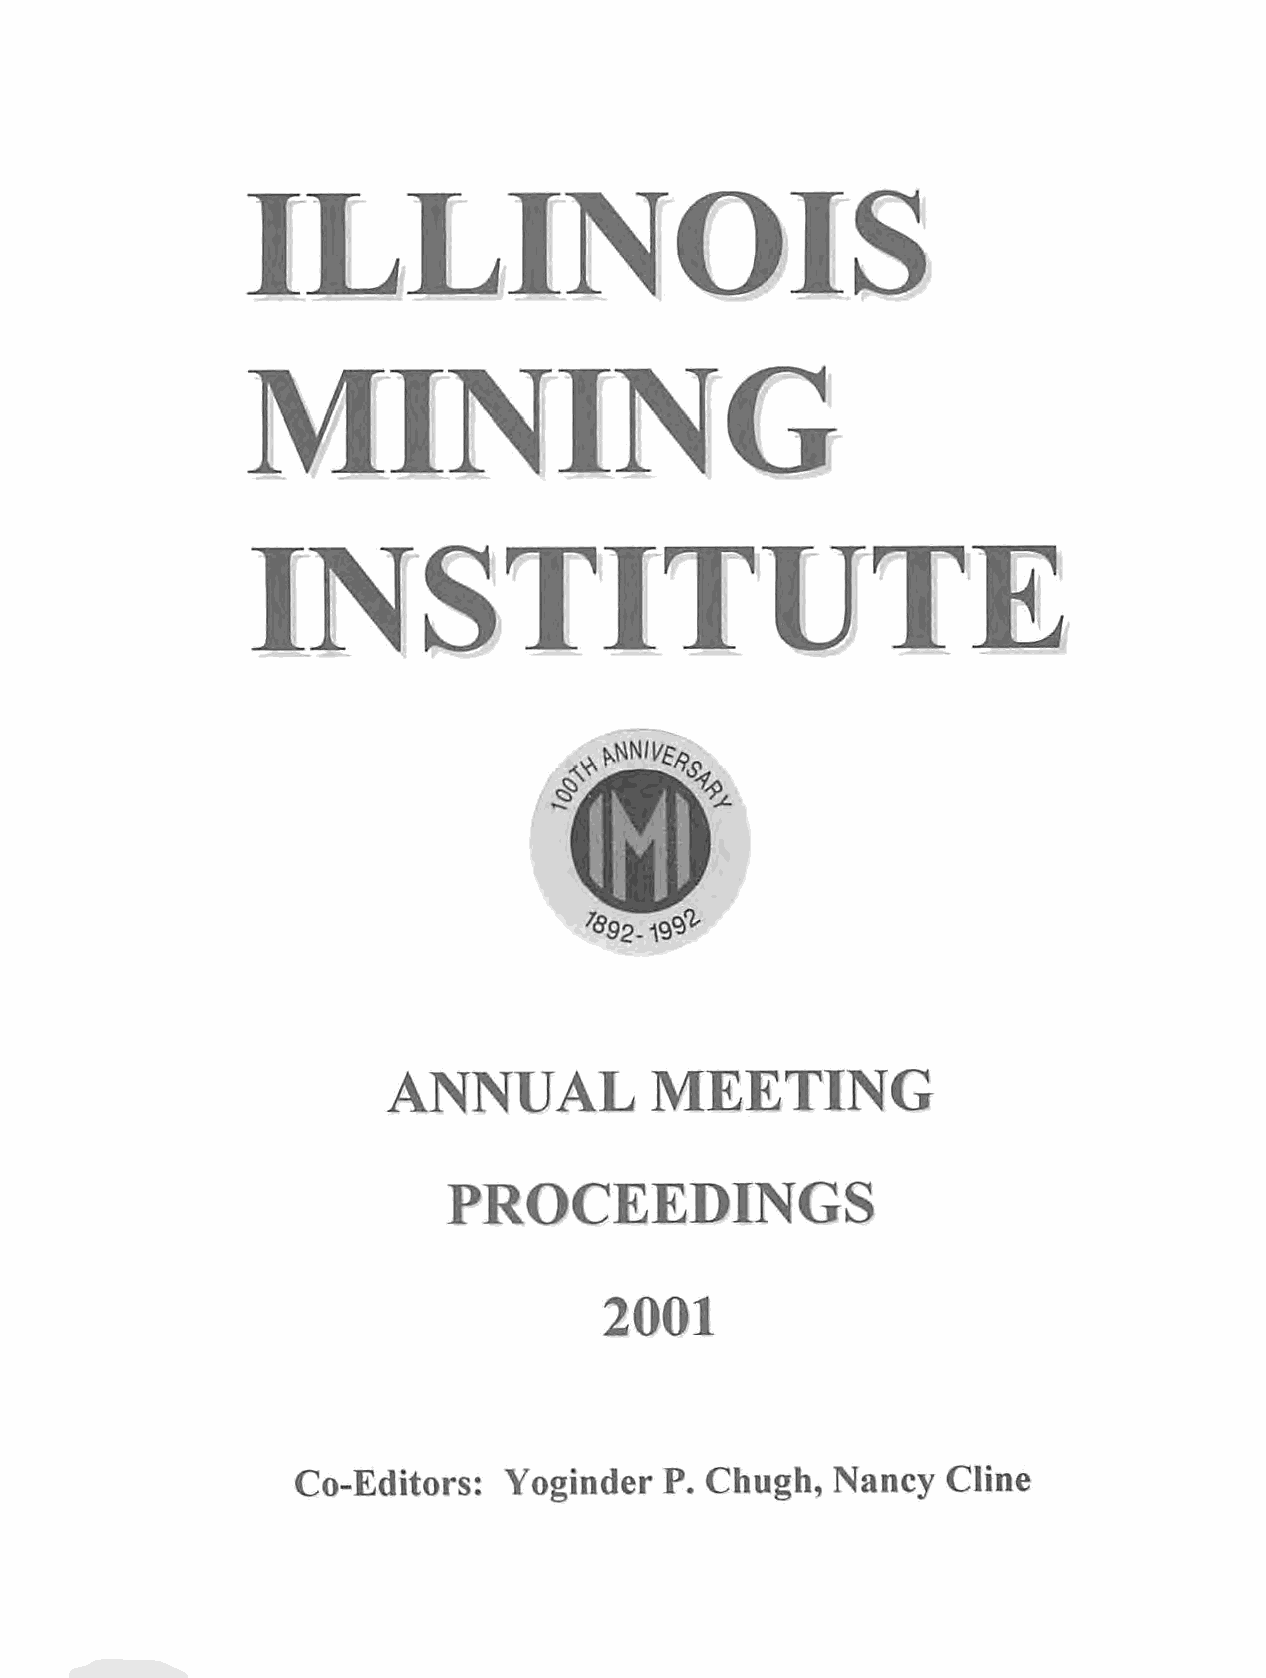
I   L      L     I   N      O       I   S
 M        I   N       I  N       G
 I   N      S     T     I   T     U       T     E
 M*nii^
 ®92- A9^
 ANNUAL           MEETING
 PROCEEDINGS
 2001
 Co-Editors:  Yoginder   P. Chugh,  Nancy   Cline